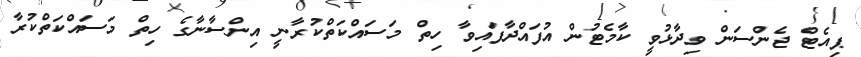
ޕިއެޓް ޖެންސަން ވިދާޅުވީ ކާމެޓުން އުފައްދާފައިވާ ހިތް މަސައްކަތްކުރާނީ އިންސާނާގެ ހިތް މަސައްކަތްކުރާ